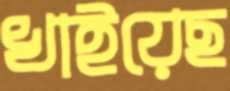
খাইয়েছ